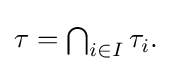
{\textstyle \tau =\bigcap _{i\in I}\tau _{i}.}